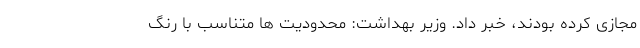
مجازی کرده بودند، خبر داد. وزیر بهداشت: محدودیت‌ ها متناسب با رنگ